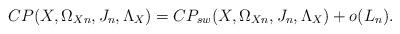
LaTeX: \begin{align*} CP(X, \Omega_{Xn}, J_n, \Lambda_X)= CP_{sw}(X, \Omega_{Xn}, J_n, \Lambda_X) + o(L_n).\end{align*}